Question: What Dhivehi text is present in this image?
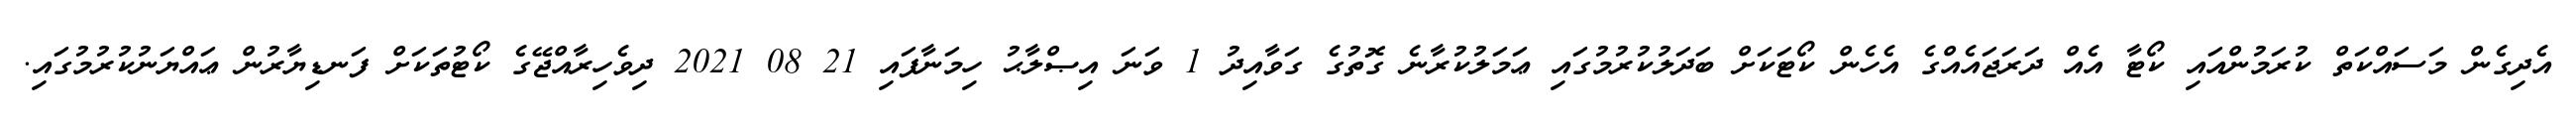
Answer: އެދިގެން މަސައްކަތް ކުރަމުންއައި ކޯޓާ އެއް ދަރަޖައެއްގެ އެހެން ކޯޓަކަށް ބަދަލުކުރުމުގައި ޢަމަލުކުރާނެ ގޮތުގެ ގަވާއިދު 1 ވަނަ އިޞްލާޙު ހިމަނާފައި 21 08 2021 ދިވެހިރާއްޖޭގެ ކޯޓުތަކަށް ފަނޑިޔާރުން ޢައްޔަނުކުރުމުގައި.